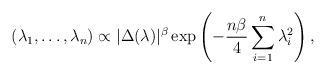
LaTeX: \begin{align*}(\lambda_1, \dots, \lambda_n) \propto |\Delta(\lambda)|^{\beta} \exp\left(-\frac{n\beta}{4} \sum_{i = 1}^n \lambda_i^2 \right),\end{align*}